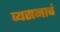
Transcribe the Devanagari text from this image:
व्यसनाचं